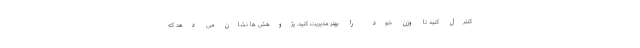
کنترل کنید تا وزن خود را بهتر مدیریت کنید. پژوهش ها نشان می دهد که